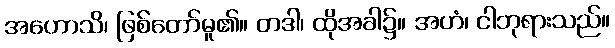
အဟောသိ၊ ဖြစ်တော်မူ၏။ တဒါ၊ ထိုအခါ၌။ အဟံ၊ ငါဘုရားသည်။